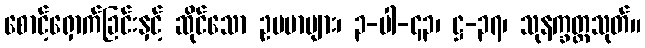
စောင့်ရှောက်ခြင်းနှင့် ဆိုင်သော ဥပမာများ၊ ၃-ပါ-၄၃၊ ဋ္ဌ-၃၇၊ သုနက္ခတ္တသုတ်။